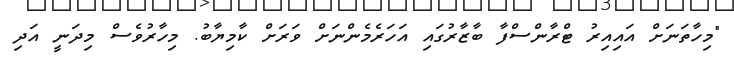
"މިހާތަނަށް އައިއިރު ޓްރާންސްފާ ބާޒާރުގައި އަހަރެމެންނަށް ވަރަށް ކާމިޔާބު. މިހާރުވެސް މިދަނީ އަދި